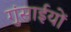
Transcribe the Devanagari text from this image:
गुंसाईयों